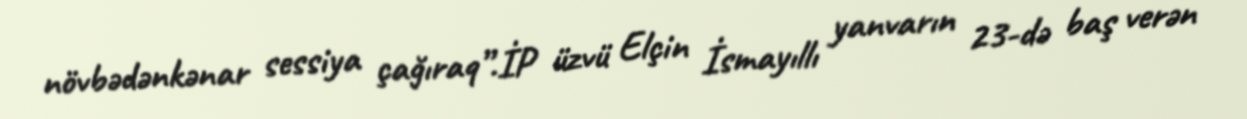
növbədənkənar sessiya çağıraq”.İP üzvü Elçin İsmayıllı yanvarın 23-də baş verən